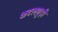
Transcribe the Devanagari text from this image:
कटलगुड़ी